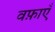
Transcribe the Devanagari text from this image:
वफ़ाएँ